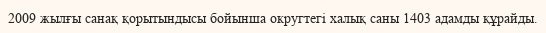
2009 жылғы санақ қорытындысы бойынша округтегі халық саны 1403 адамды құрайды.